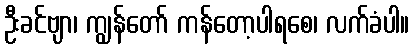
ဦးခင်ဗျာ၊ ကျွန်တော် ကန်တော့ပါရစေ၊ လက်ခံပါ။